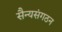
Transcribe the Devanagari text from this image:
सैन्यसंगठन